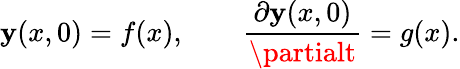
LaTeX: \mathbf{y}(x,0)=f(x),\qquad{\frac{{\partial\mathbf{y}(x,0)}}{{\partialt}}}=g(x).